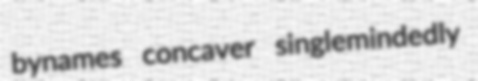
bynames concaver singlemindedly